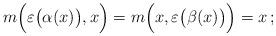
LaTeX: \begin{align*} m\Bigl(\varepsilon\bigl(\alpha(x)\bigr),x\Bigr) =m\Bigl(x,\varepsilon\bigl(\beta(x)\bigr)\Bigr)=x\,;\end{align*}